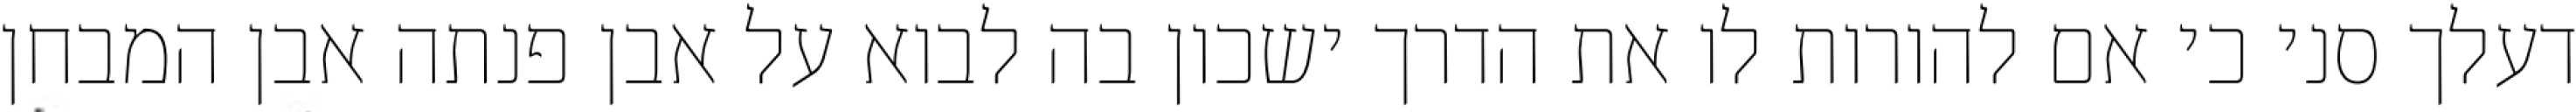
דעלך סני כי אם להורות לו את הדרך ישכון בה לבוא על אבן פנתה אבן המבחן